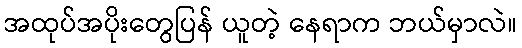
အထုပ်အပိုးတွေပြန် ယူတဲ့ နေရာက ဘယ်မှာလဲ။